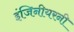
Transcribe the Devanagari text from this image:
इंजिनीयरनी